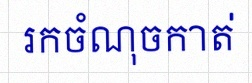
រកចំណុចកាត់